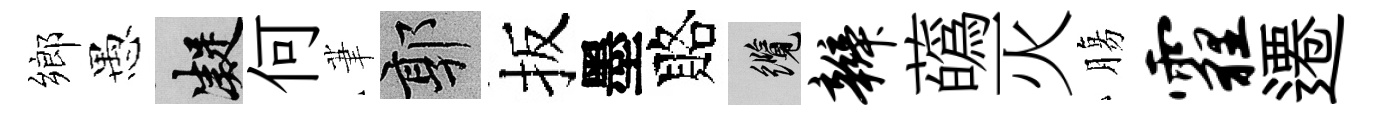
鄉愚凝何茟郭扳墨賂纜辫蘤灭膓霾遷